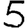
Digit: 5